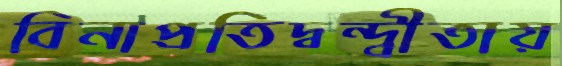
বিনাপ্রতিদ্বন্দ্বীতায়